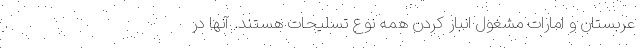
عربستان و امارات مشغول انبار کردن همه نوع تسلیحات هستند. آنها در